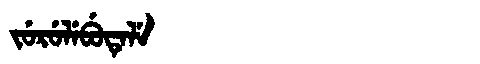
Manchu: ᠵᡠᡵᡠᠯᡝᠪᡠᡨᡝᠯᡝ
Romanization: JURULEBUTELE